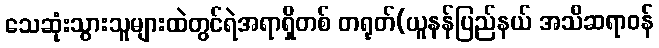
သေဆုံးသွားသူများထဲတွင်ရဲအရာရှိတစ် တရုတ်(ယူနန်ပြည်နယ် အသိဆရာဝန်